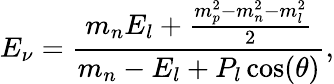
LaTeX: E_{\nu}=\frac{m_{n}E_{l}+\frac{m_{p}^{2}-m_{n}^{2}-m_{l}^{2}}{2}}{m_{n}-E_{l}+P_{l}\cos(\theta)},